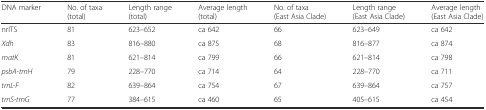
| DNA marker | No. of taxa (total) | Length range (total) | Average length (total) | No. of taxa (East Asia Clade) | Length range (East Asia Clade) | Average length (East Asia Clade) |
 | --- | --- | --- | --- | --- | --- | --- |
 | nrITS | 81 | 623–652 | ca 642 | 66 | 623–649 | ca 642 |
 | Xdh | 83 | 816–880 | ca 875 | 68 | 816–877 | ca 874 |
 | matK | 81 | 621–814 | ca 799 | 66 | 621–814 | ca 798 |
 | psbA-trnH | 79 | 228–770 | ca 714 | 64 | 228–770 | ca 711 |
 | trnL-F | 82 | 639–864 | ca 754 | 67 | 639–864 | ca 757 |
 | trnS-trnG | 77 | 384–615 | ca 460 | 65 | 405–615 | ca 454 |